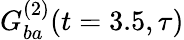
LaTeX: G_{ba}^{(2)}(t=3.5,\tau)